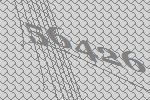
56426